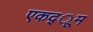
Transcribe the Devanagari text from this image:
एकद्ूम